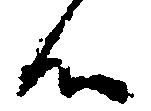
候